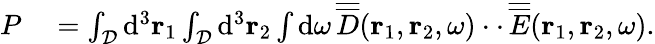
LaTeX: \begin{array}{rl}{P}&{{}=\int_{\cal D}\mathrm{d}^{3}{\mathbf r}_{1}\int_{\cal D}\mathrm{d}^{3}{\mathbf r}_{2}\int\mathrm{d}\omega\, \overline{{\overline{{D}}}}({\mathbf r}_{1},{\mathbf r}_{2},\omega)\cdot\cdot\, \overline{{\overline{{E}}}}({\mathbf r}_{1},{\mathbf r}_{2},\omega).}\end{array}